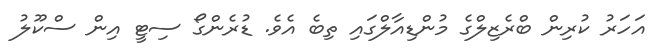
އަހަރު ކުރިން ބްރެޒިލްގެ މުންޑިއާލްގައި ތިބެ އެވެ. ޑުރެންގޯ ސިޓީ އިން ސްކޫލު